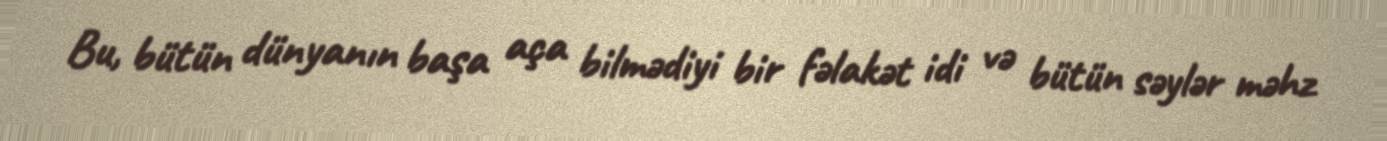
Bu, bütün dünyanın başa aça bilmədiyi bir fəlakət idi və bütün səylər məhz